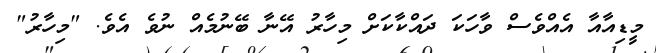
މީޑިއާއާ އެއްވެސް ވާހަކަ ދައްކާކަށް މިހާރު އޭނާ ބޭނުމެއް ނުވެ އެވެ. "މިހާރު"